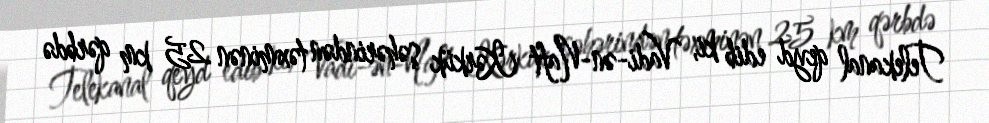
Telekanal qeyd edib ki, Vadi-ən-Naft Kərkük şəhərindən təxminən 25 km qərbdə